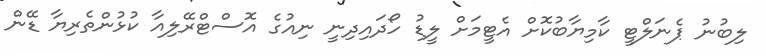
ލިބުނު ޕެނަލްޓީ ކާމިޔާބުކޮށް އެޓީމަށް ލީޑު ހޯދައިދިނީ ނިއުގެ އޮސްޓްރޭލިއާ ކުޅުންތެރިޔާ ޑޭން